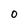
Character: 0